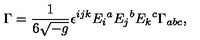
\Gamma = { \frac { 1 } { 6 \sqrt { - g } } } \epsilon ^ { i j k } E _ { i } { } ^ { a } E _ { j } { } ^ { b } E _ { k } { } ^ { c } \Gamma _ { a b c } ,